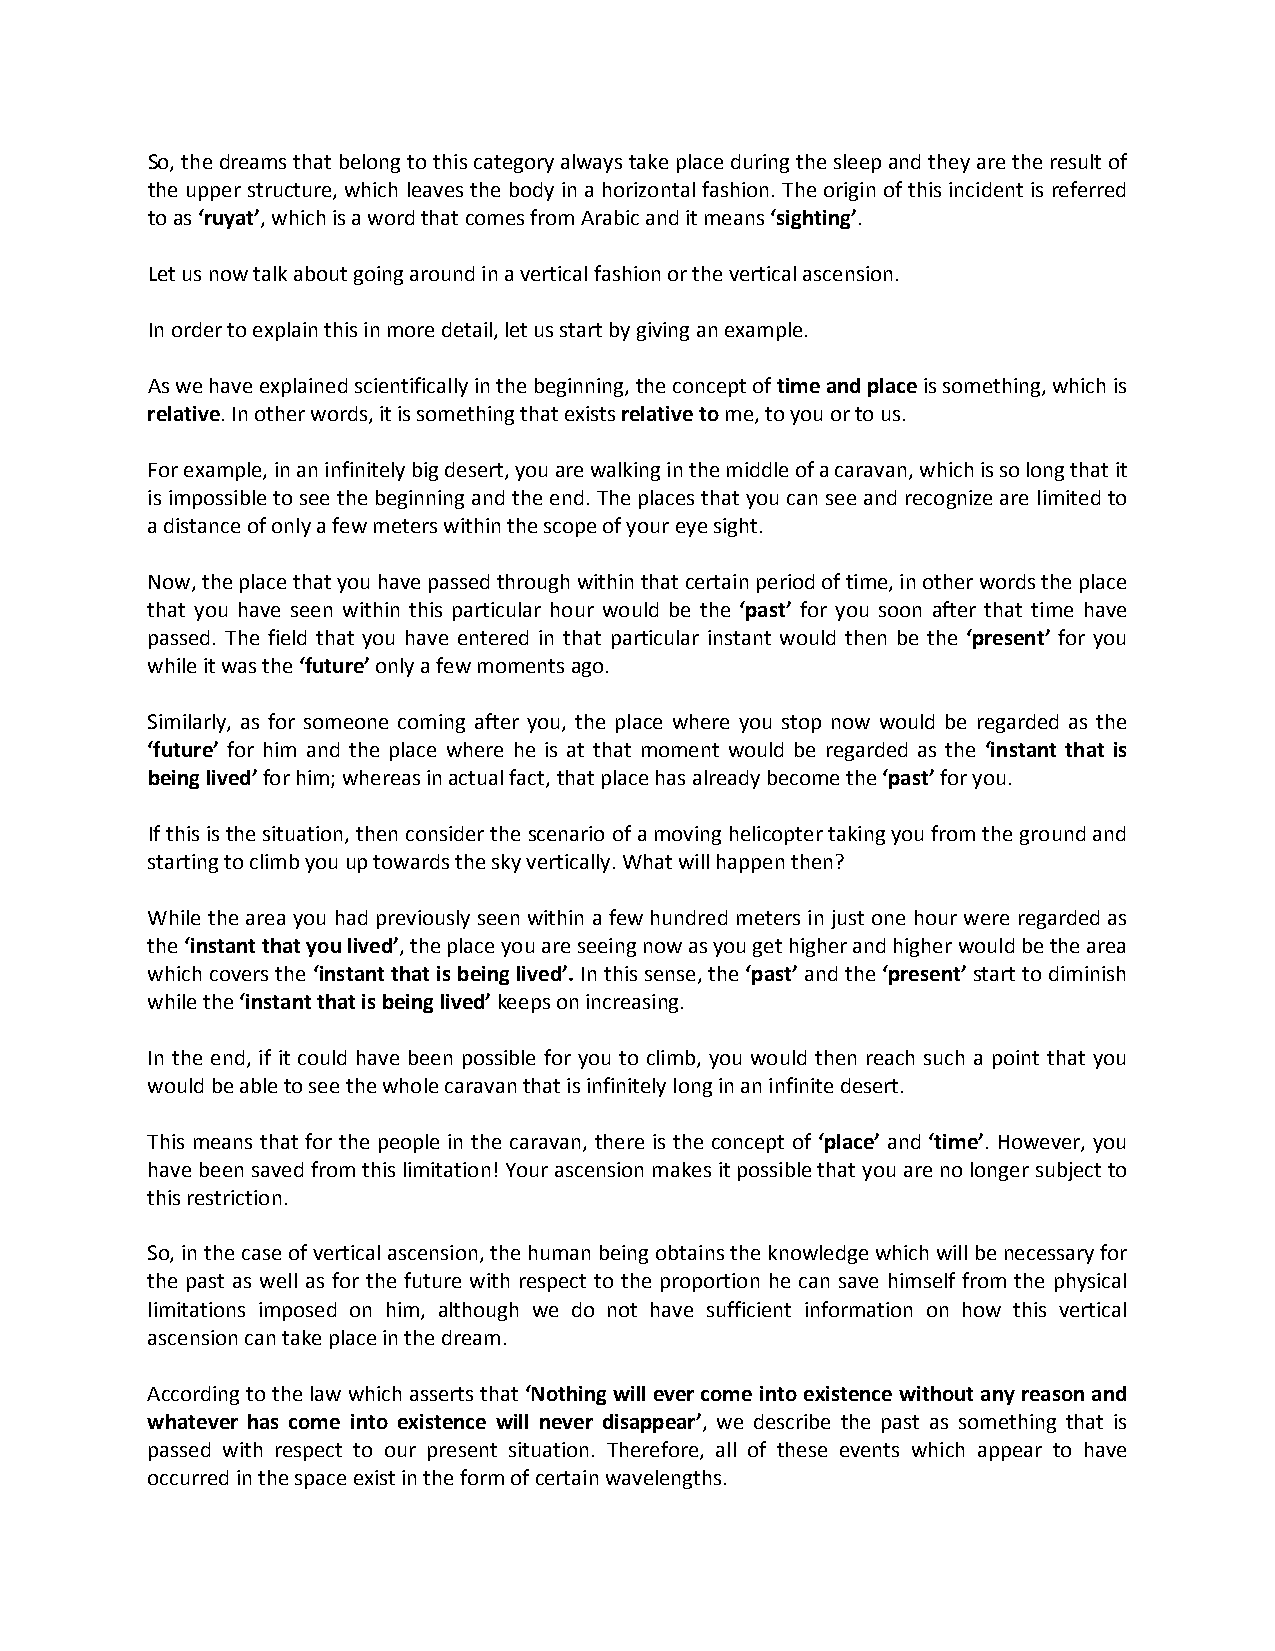
So, the dreams that belong to this category always take place during the sleep and they are the result of
 the upper structure, which leaves the body in a horizontal fashion. The origin of this incident is referred
 to as ‘ruyat’, which is a word that comes from Arabic and it means ‘sighting’.
 Let us now talk about going around in a vertical fashion or the vertical ascension.
 In order to explain this in more detail, let us start by giving an example.
 As we have explained scientifically in the beginning, the concept of time and place is something, which is
 relative. In other words, it is something that exists relative to me, to you or to us.
 For example, in an infinitely big desert, you are walking in the middle of a caravan, which is so long that it
 is impossible to see the beginning and the end. The places that you can see and recognize are limited to
 a distance of only a few meters within the scope of your eye sight.
 Now, the place that you have passed through within that certain period of time, in other words the place
 that you have seen within this particular hour would be the ‘past’ for you soon after that time have
 passed. The field that you have entered in that particular instant would then be the ‘present’ for you
 while it was the ‘future’ only a few moments ago.
 Similarly, as for someone coming after you, the place where you stop now would be regarded as the
 ‘future’ for him and the place where he is at that moment would be regarded as the ‘instant that is
 being lived’ for him; whereas in actual fact, that place has already become the ‘past’ for you.
 If this is the situation, then consider the scenario of a moving helicopter taking you from the ground and
 starting to climb you up towards the sky vertically. What will happen then?
 While the area you had previously seen within a few hundred meters in just one hour were regarded as
 the ‘instant that you lived’, the place you are seeing now as you get higher and higher would be the area
 which covers the ‘instant that is being lived’. In this sense, the ‘past’ and the ‘present’ start to diminish
 while the ‘instant that is being lived’ keeps on increasing.
 In the end, if it could have been possible for you to climb, you would then reach such a point that you
 would be able to see the whole caravan that is infinitely long in an infinite desert.
 This means that for the people in the caravan, there is the concept of ‘place’ and ‘time’. However, you
 have been saved from this limitation! Your ascension makes it possible that you are no longer subject to
 this restriction.
 So, in the case of vertical ascension, the human being obtains the knowledge which will be necessary for
 the past as well as for the future with respect to the proportion he can save himself from the physical
 limitations imposed on him, although we do not have sufficient information on how this vertical
 ascension can take place in the dream.
 According to the law which asserts that ‘Nothing will ever come into existence without any reason and
 whatever has come into existence will never disappear’, we describe the past as something that is
 passed with respect to our present situation. Therefore, all of these events which appear to have
 occurred in the space exist in the form of certain wavelengths.